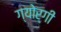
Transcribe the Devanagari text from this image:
ग्योर्गी